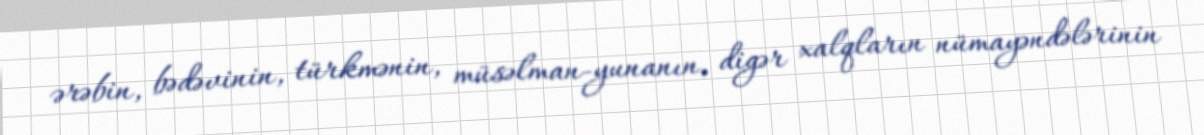
ərəbin, bədəvinin, türkmənin, müsəlman-yunanın, digər xalqların nümayəndələrinin